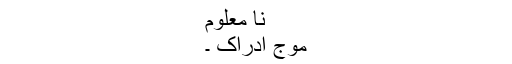
نا معلوم
موجِ ادراک ۔